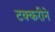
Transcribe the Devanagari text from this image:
टक्करीने